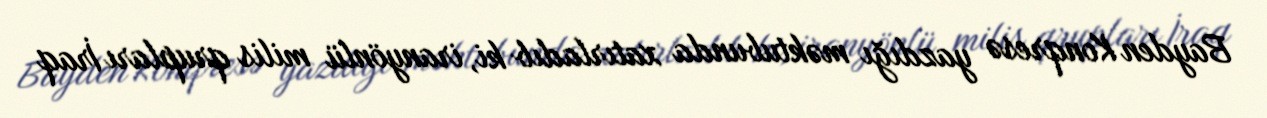
Bayden Konqresə yazdığı məktubunda xatırladıb ki, iranyönlü milis qrupları İraq